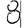
Digit: 8